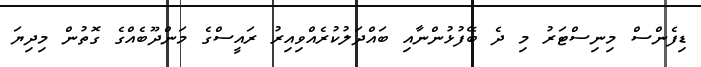
ޑިފެންސް މިނިސްޓަރު މި ދެ ބޭފުޅުންނާއި ބައްދަލުކުރެއްވިއިރު ރައީސްގެ މަންދޫބެއްގެ ގޮތުން މިދިޔަ